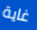
غاية